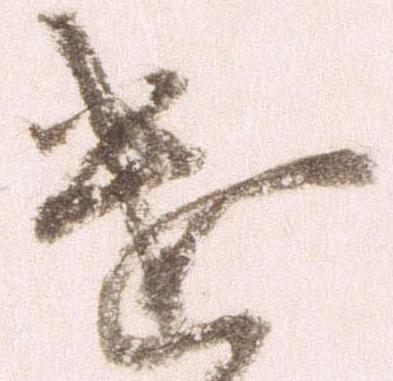
遣